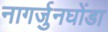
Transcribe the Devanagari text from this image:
नागर्जुनघोंडा